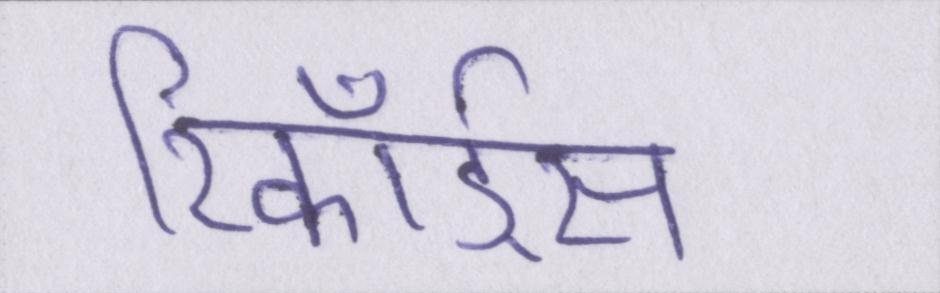
रिकॉर्ड्स